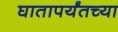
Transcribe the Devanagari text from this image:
घातापर्यंतच्या